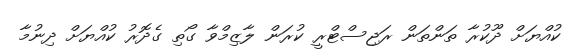
ކުއްޔަށް ދޫކުރާ ތަންތަން ރަޖިސްޓްރީ ކުރަން ލާޒިމްވާ ގޯތި ގެދޮރު ކުއްޔަށް ދިނުމާ